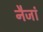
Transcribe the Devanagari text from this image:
नैजां